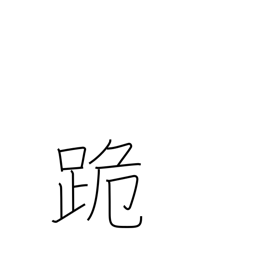
Meaning: kneel